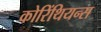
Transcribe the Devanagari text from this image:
कोरिंथियन्स